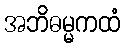
အဘိဓမ္မကထံ